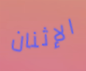
الإثنان